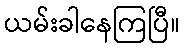
ယမ်းခါနေကြပြီ။